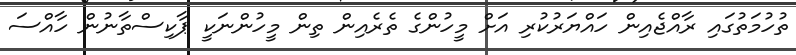
ތުހުމަތުގައި ރާއްޖެއިން ހައްޔަރުކުރި އަށް މީހުންގެ ތެރެއިން ތިން މީހުންނަކީ ޕާކިސްތާނުން ހާއްސަ